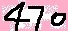
Text: 470